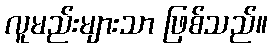
လူမည်းများသာ ဖြစ်သည်။